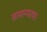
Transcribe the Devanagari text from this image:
सामान्यतयाः